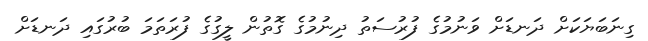
ގިނަބަޔަކަށް ދަނޑަށް ވަނުމުގެ ފުރުސަތު ދިނުމުގެ ގޮތުން ލީގުގެ ފުރަތަމަ ބުރުގައި ދަނޑަށް